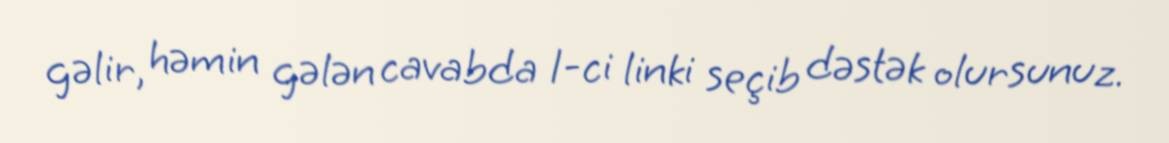
gəlir, həmin gələn cavabda 1-ci linki seçib dəstək olursunuz.